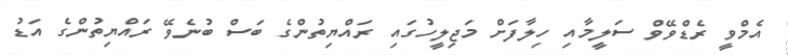
އެމްވީ ރެޑްވޭވް ސަލީމާއި ހިލާފަށް މަޖިލީހުގައި ރައްޔިތުންގެ ބަސް ބުނެވޭ ރައްޔިތުންގެ އަޑު